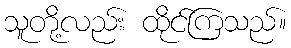
သူတို့လည်း ထိုင်ကြသည်။